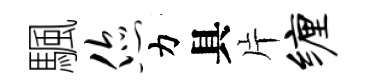
颿您力具片缠